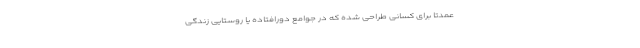
عمدتا برای کسانی طراحی شده که در جوامع دورافتاده یا روستایی زندگی